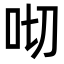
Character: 𠯦